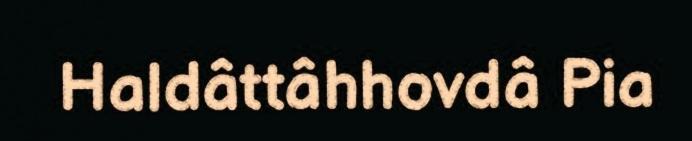
Haldâttâhhovdâ Pia